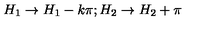
H _ { 1 } \rightarrow H _ { 1 } - k \pi ; H _ { 2 } \rightarrow H _ { 2 } + \pi